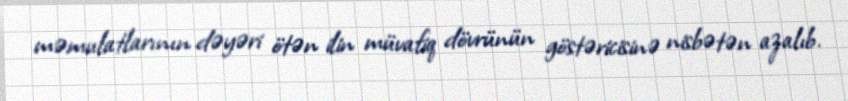
məmulatlarının dəyəri ötən ilin müvafiq dövrünün göstəricisinə nisbətən azalıb.